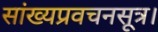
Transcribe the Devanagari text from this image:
सांख्यप्रवचनसूत्र।